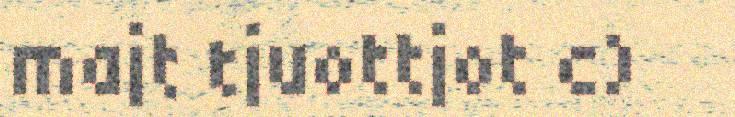
majt tjuottjot c)